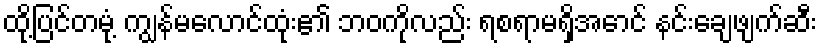
ထို့ပြင်တမုံ့ ကျွန်မလောင်ထုံး၏ ဘဝကိုလည်း ရစရာမရှိအောင် နင်းချေဖျက်ဆီး